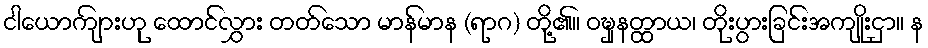
ငါယောကျ်ားဟု ထောင်လွှား တတ်သော မာန်မာန (ရာဂ) တို့၏။ ဝဍ္ဎှနတ္ထာယ၊ တိုးပွားခြင်းအကျိုးငှာ။ န